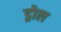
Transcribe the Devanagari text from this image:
ड्रोल